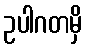
ဥပါဂတမှိ